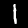
Label: 1